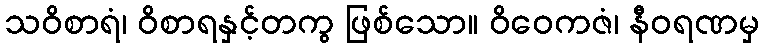
သဝိစာရံ၊ ဝိစာရနှင့်တကွ ဖြစ်သော။ ဝိဝေကဇံ၊ နီဝရဏမှ